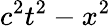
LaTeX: c^{2}t^{2}-x^{2}